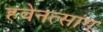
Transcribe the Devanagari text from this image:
हवेनत्सांग